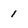
Character: 1